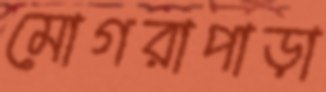
মোগরাপাড়া